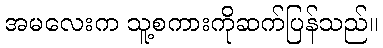
အမလေးက သူ့စကားကိုဆက်ပြန်သည်။